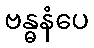
ဗန္ဓနံပေ